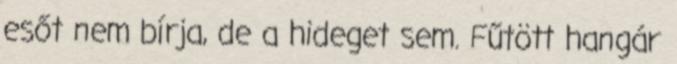
esőt nem bírja, de a hideget sem. Fűtött hangár